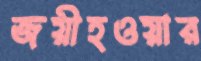
জয়ীহওয়ার